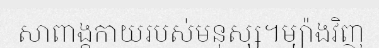
សាពាង្គកាយរបស់មនុស្ស។ម្យ៉ាងវិញ